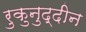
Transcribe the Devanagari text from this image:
रुकुनुद्दीन